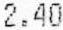
2.40